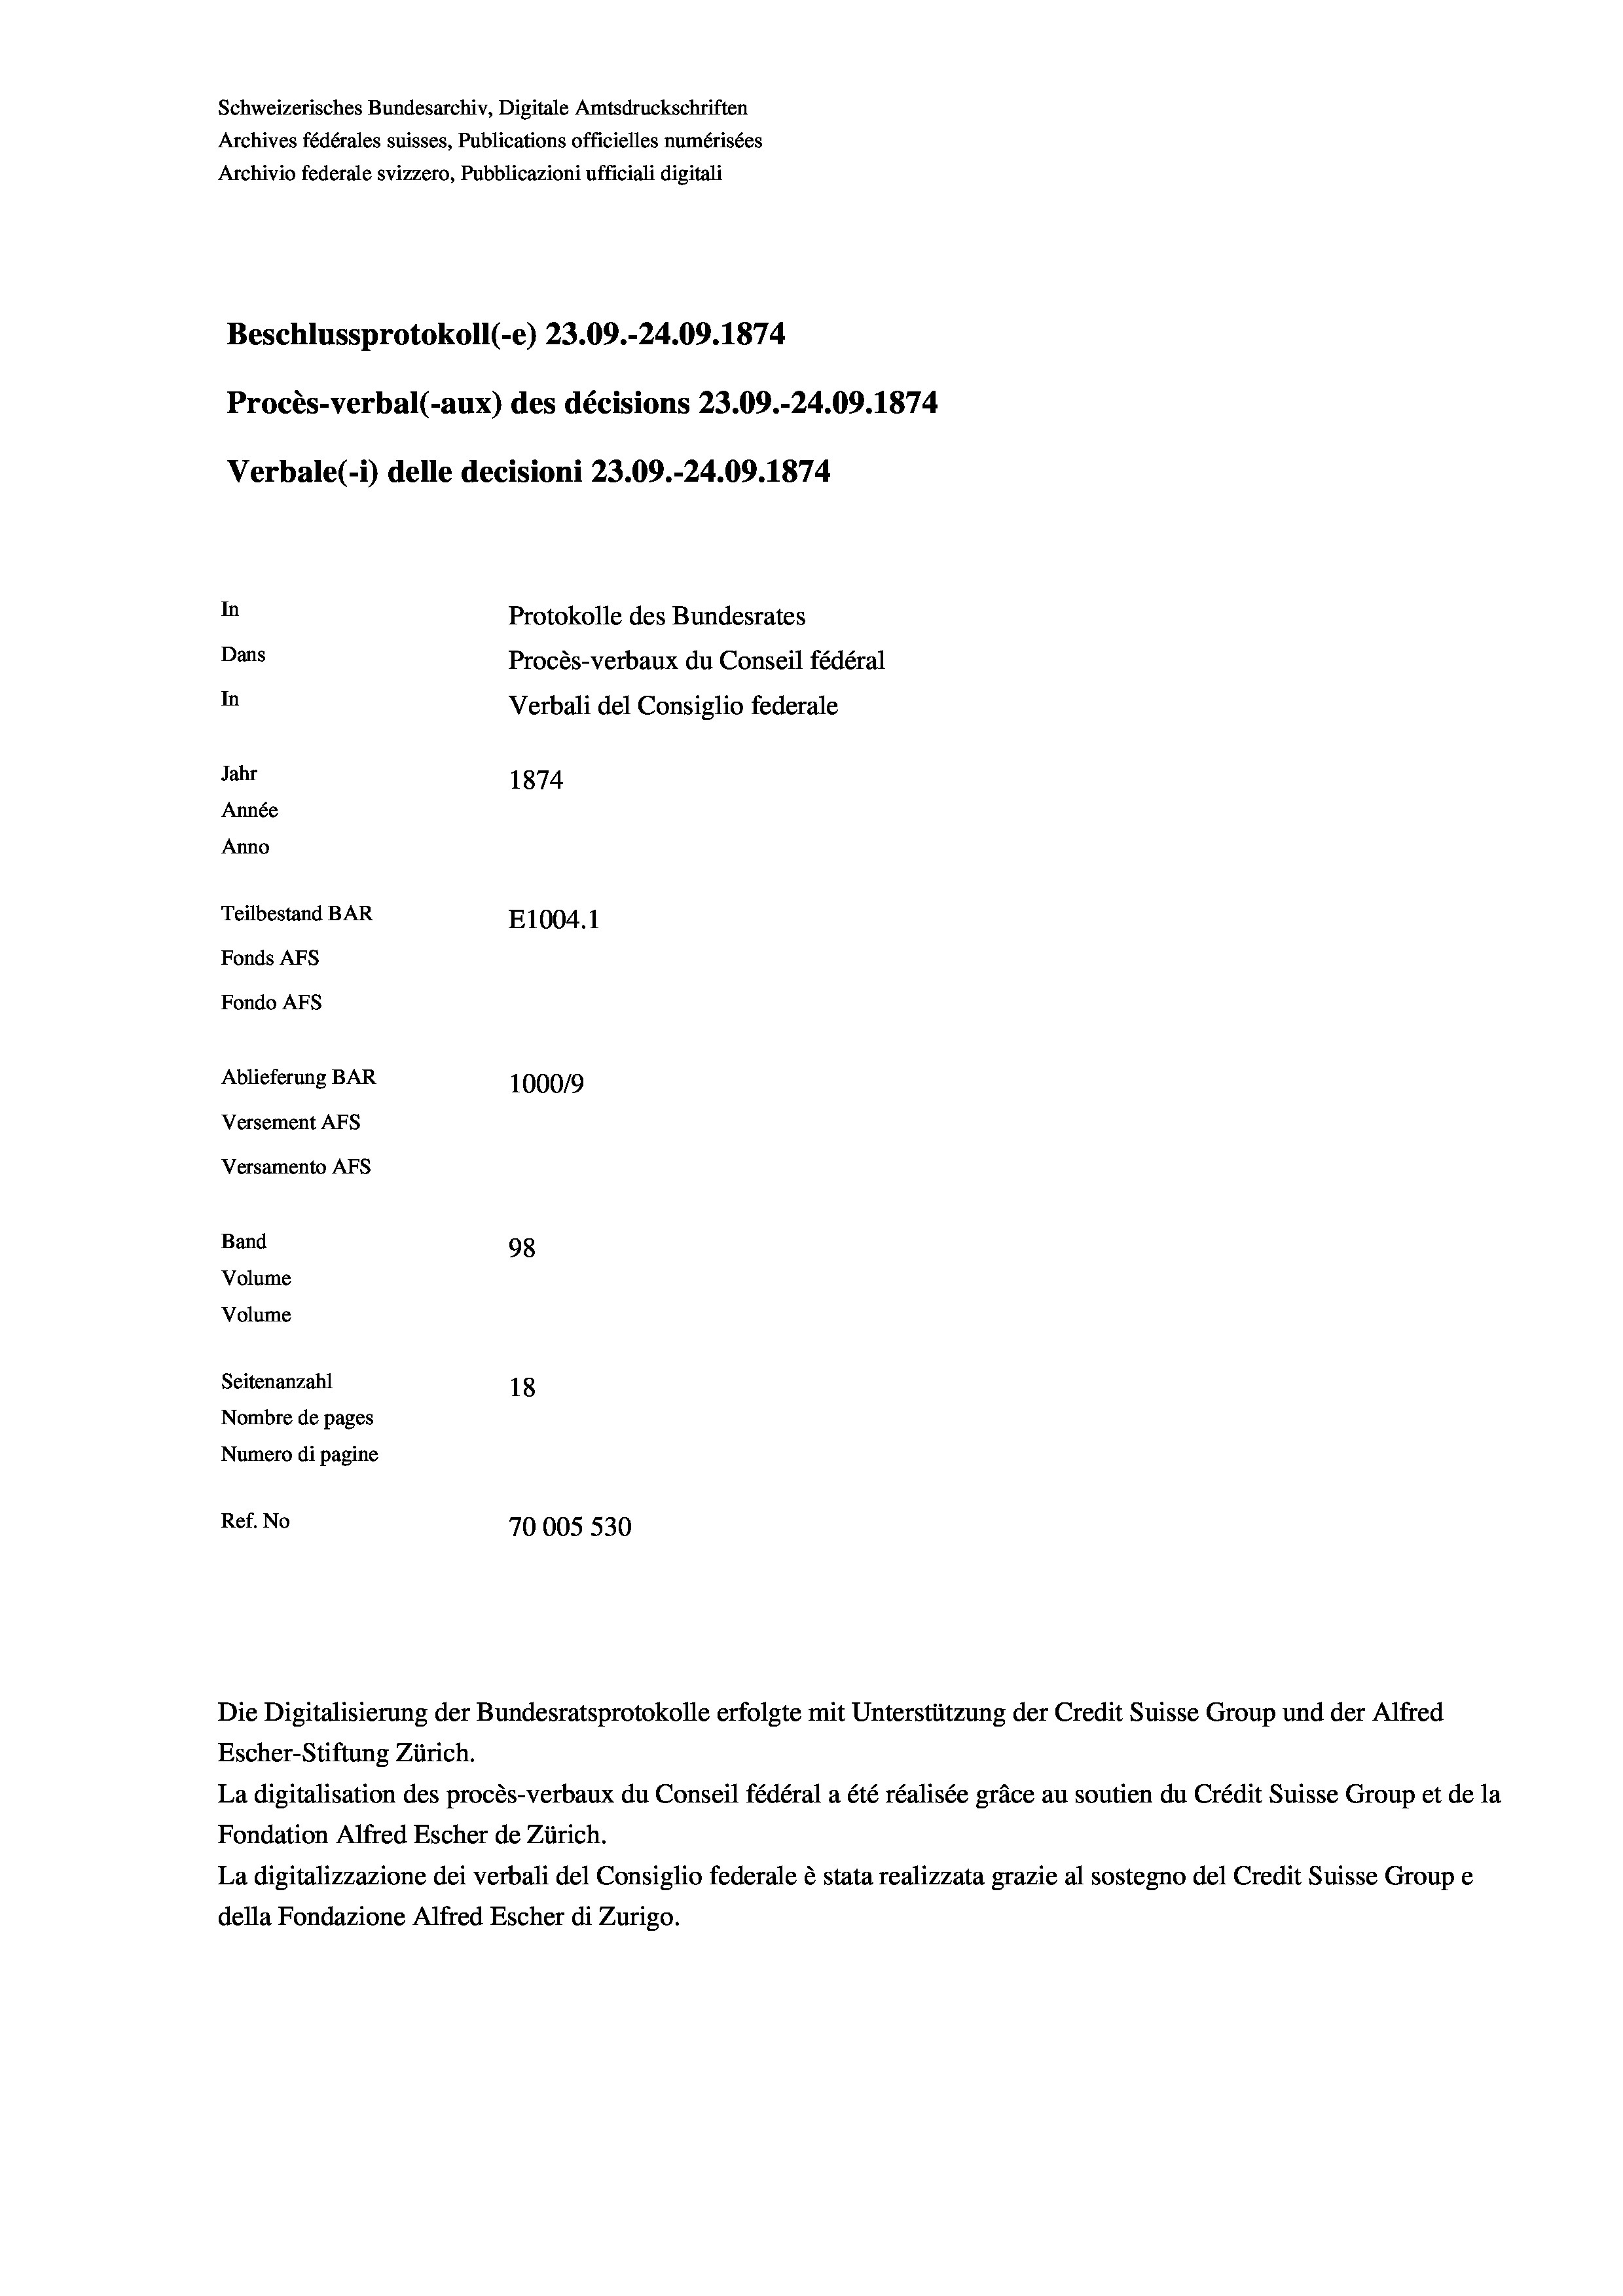
Schweizerisches Bundesarchiv, Digitale Amtsdruckschriften
Archives fédérales suisses, Publications officielles numérisées
Archivio federale svizzero, Pubblicazioni ufficiali digitali
Beschlussprotokoll (-e) 23.09.-24.09. 1874.
Procès-verbal (-aux) des décisions 23.09.-24.09. 1874
Verbale(-*) delle decisioni 23.09.-24.09. 1874
In
Protokolle des Bundesrates
Dans
Procès-verbaux du Conseil fédéral
In
Verbali del Consiglio federale
Jahr
1874
Année
Anno
Teilbestand BAR
E1004. 1
Fonds AFs
Fondo Afs
Ablieferung BAR
1000/9
Versement AFs
Versamento AFs
Band
98
Volume
Volume
Seitenanzahl
18
Nombre de pages
Numero di pagine
Ref. No
70005 530

Die Digitalisierung der Bundesratsprotokolle erfolgte mit Unterstützung der Credit Suisse Group und der Alfred
Escher-Stiftung Zürich.
La digitalisation des procès-verbaux du Conseil fédéral a été réalisée gräce au soutien du Crédit Suisse Group et de la
Fondation Alfred Escher de Zürich.
La digitalizzazione dei verbali del Consiglio federale è stata realizzata grazie al sostegno del Credit Suisse Groupe
della Fondazione Alfred Escher di Zurigo.